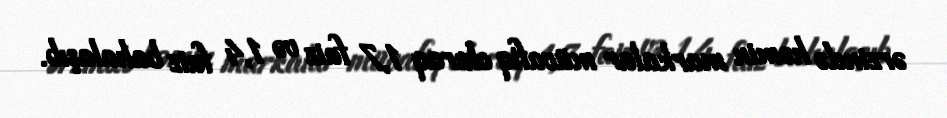
ərzində həmin markalar müvafiq olaraq 1,7 faiz və 1,4 faiz bahalaşıb.